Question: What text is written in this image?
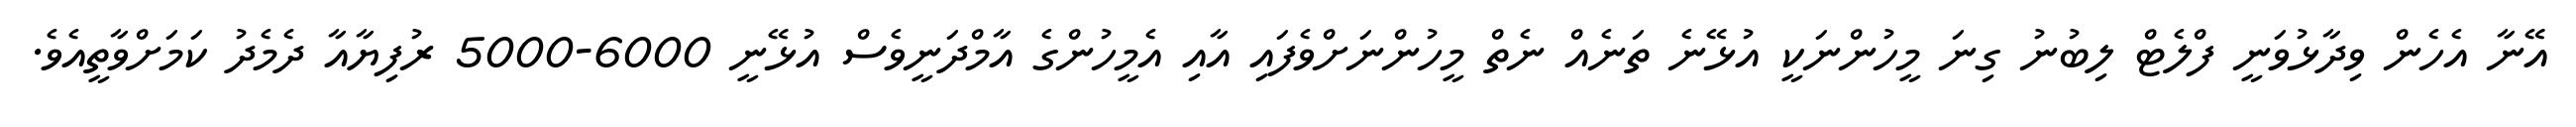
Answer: އޭނާ އެހެން ވިދާޅުވަނީ ފްލެޓް ލިބުނު ގިނަ މީހުންނަކީ އުޅޭނެ ތަނެއް ނެތް މީހުންނަށްވެފައި އާއި އެމީހުންގެ އާމްދަނީވެސް އުޅޭނީ 6000-5000 ރުފިޔާއާ ދެމެދު ކަމަށްވާތީއެވެ.